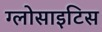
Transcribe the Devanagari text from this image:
ग्लोसाइटिस